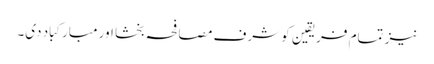
نیز تمام فریقین کو شرف مصافحہ بخشا اور مبارکباد دی۔